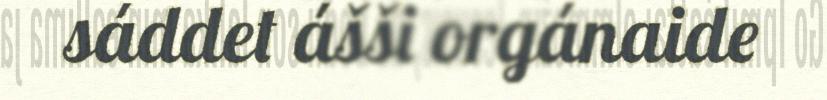
sáddet ášši orgánaide